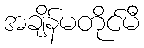
အချိန်မတိုင်မီ